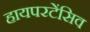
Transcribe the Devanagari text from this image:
हायपरटेंसिव